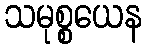
သမုစ္စယေန